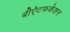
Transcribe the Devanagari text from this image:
बीऐटफकेशन